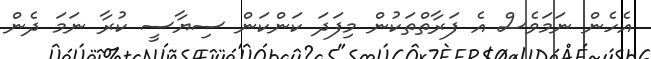
އެހެން ނަމަވެސް އެ ފަރާތްތަކުން މިފަދަ ކަންކަން ސިޔާސީ ކުރާ ނަމަ ދެން